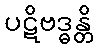
ပဋိဗဒ္ဓန္တိ